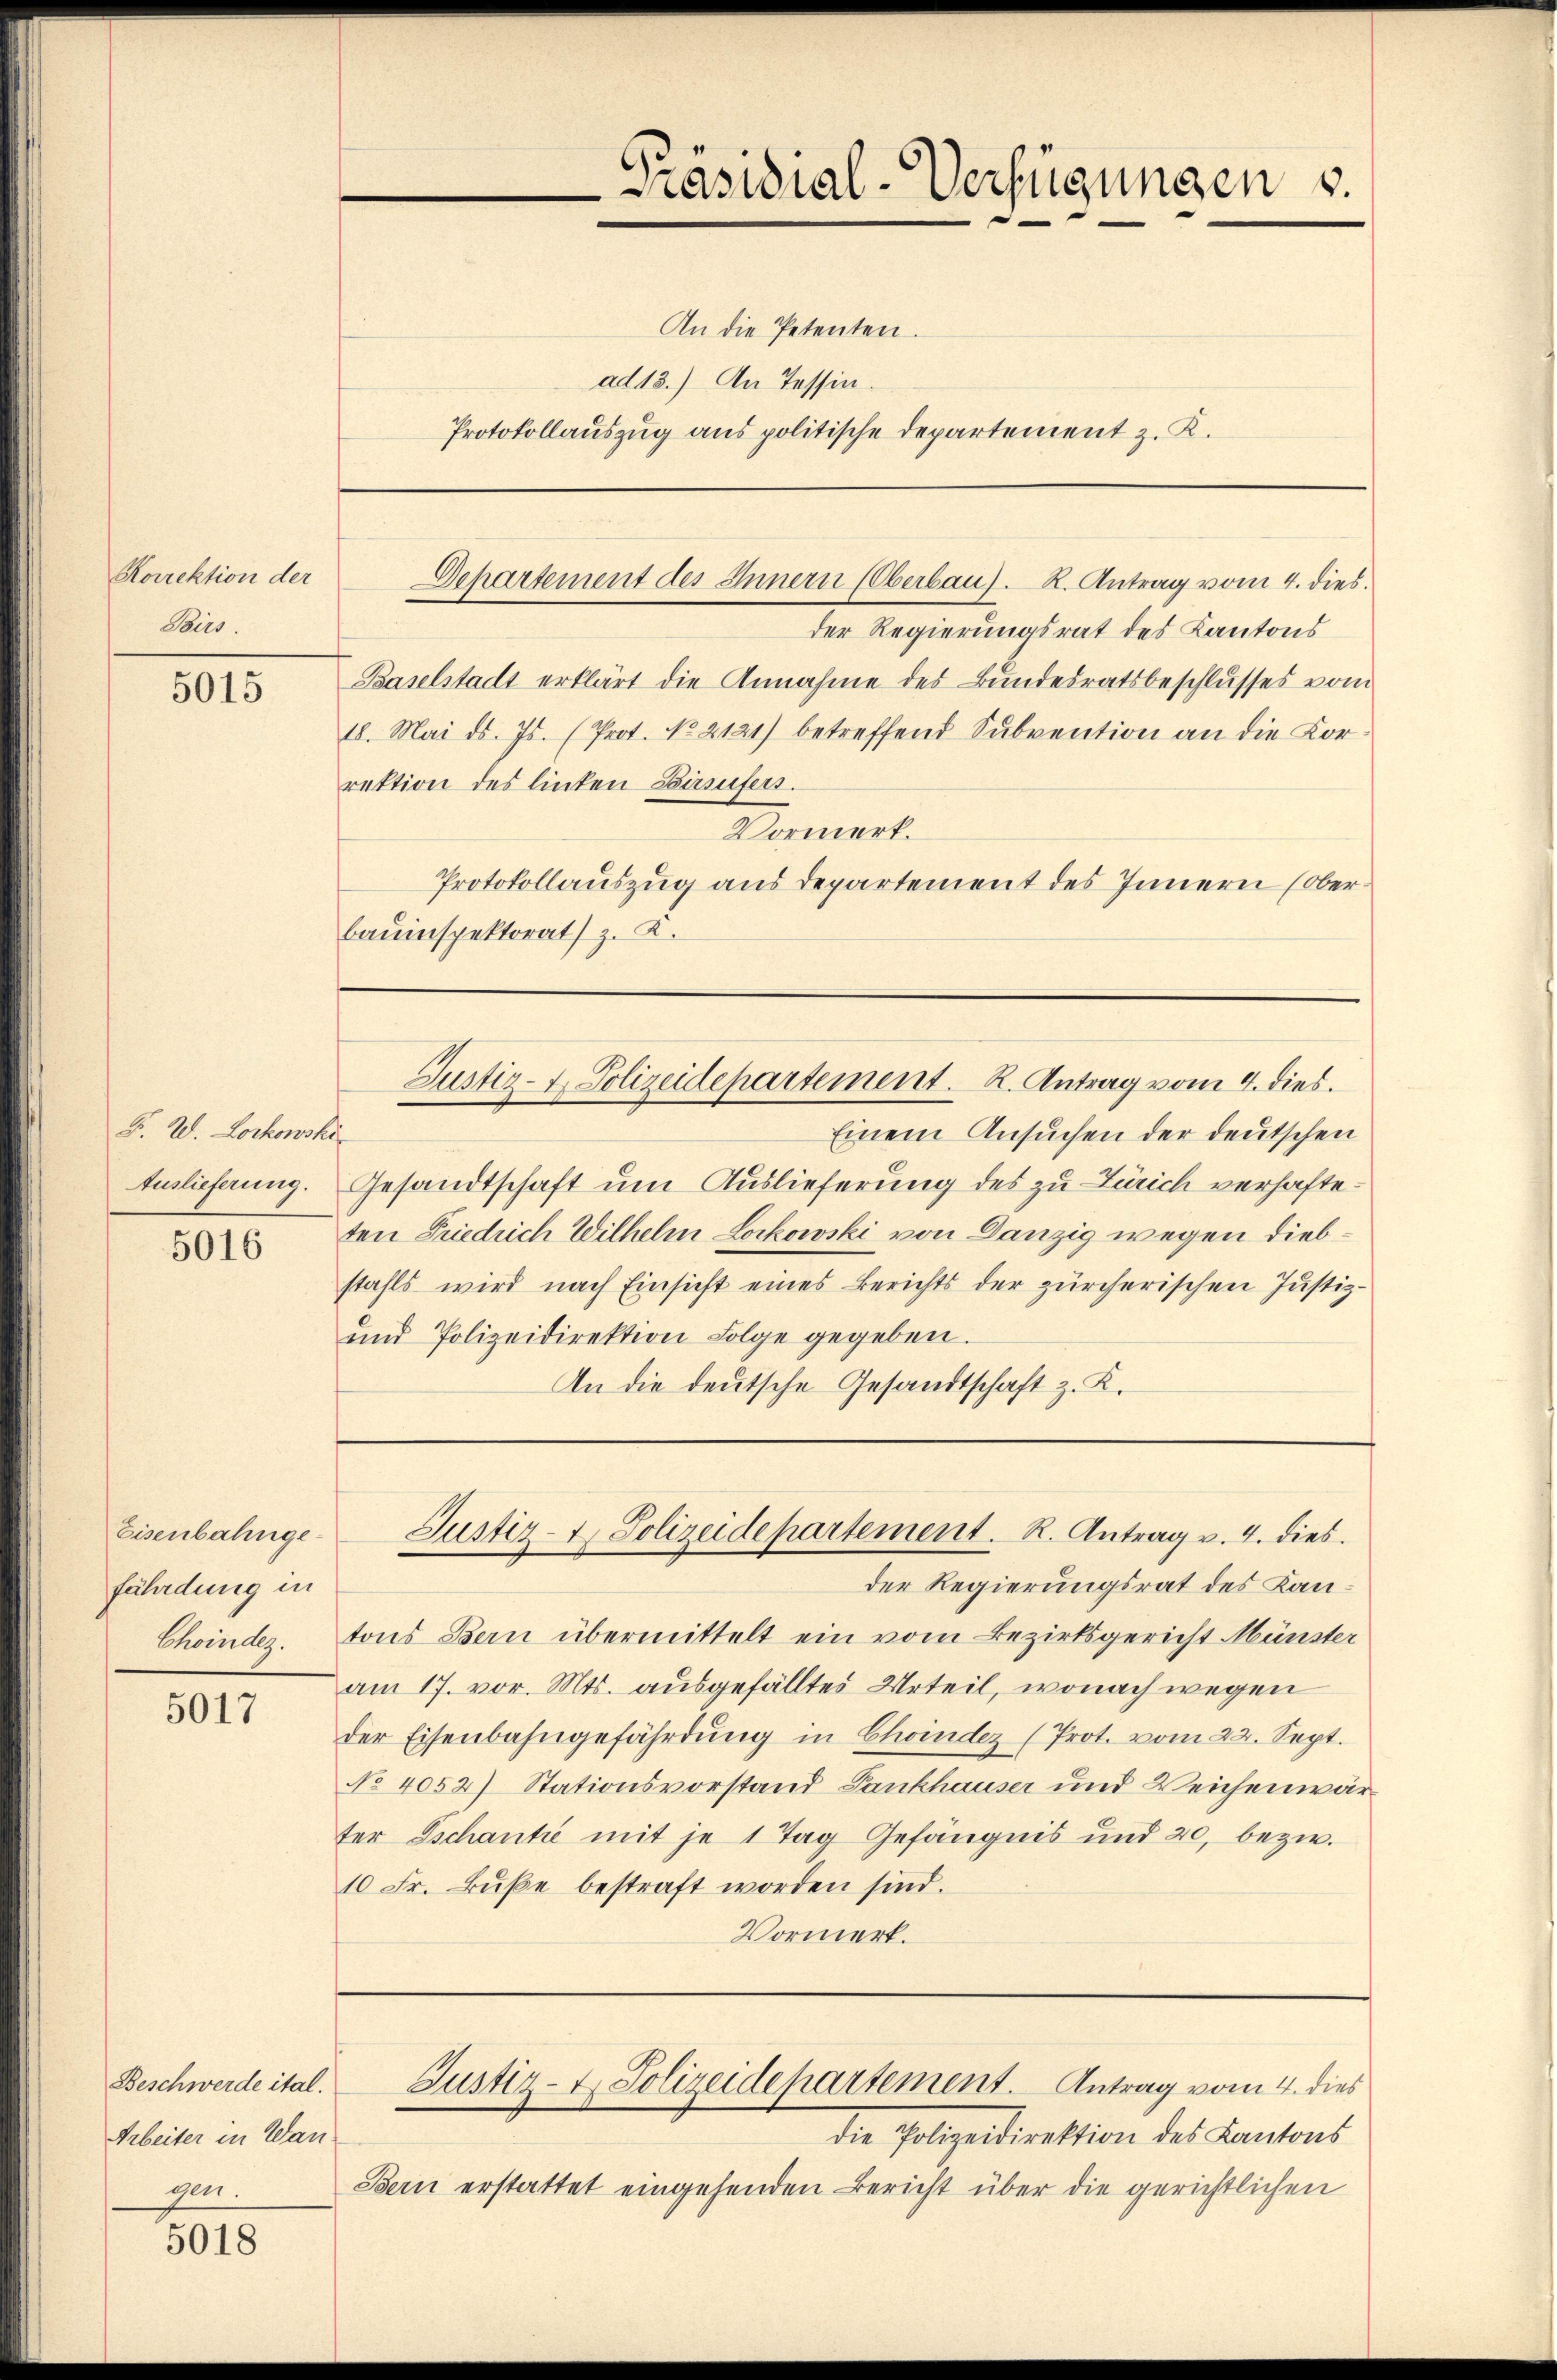
Koirektion der
Birs.

5015

F. W. Lockowski
Auslieferung.

5016

Eisenbahngefährdung in
Choindlg.

5017

Beschwerde ital.
Arbeiter in Wan
gen.

5018

An die Petenten.
ad 13.) An Tessin.

Einem Ansuchen der deutschen
Gesandtschaft um Auslieferung des zu Zürich verhafteten Friedrich Wilhelm Lockowski von Danzig wegen diebstahls wird nach Einsicht eines Berichts der zürcherischen Justiz-
und Polizeidirektion Folge gegeben.
An die deutsche Gesandtschaft z. K.

der Regierungsrat des Kantons
Baselstadt erklärt die Annahme des Bundesratsbeschlusses vom
18. Mai d. Js. (Prot. No. 2121) betreffend Subvention an die Korrektion des linken Birsufers.
Vormerk.
Protokollauszug aus Departement des Innern (ober
bauinspektorat) z. B.

Präsidial-Verfügungen u.

Protokollauszug aus politische Departement z. K.

Departement des Innern (Oberbau). R. Antrag vom 4. dies

Justiz-7. Polizeidepartement. R. Antrag vom 4. dies.

Justiz- & Polizeidepartement. R. Antrag v. 4. dies.

der Regierungsrat des Kantons Bern übermittelt ein vom Bezirksgericht Münster
am 17. vor. Mts. ausgefälltes Urteil, wonach wegen
der Eisenbahngefährdŭng in Chomdez (Prot. vom 22. Sept.
No 4052) Stationsvorstand Pankhauser und Weichenwärter Tschantie mit je 1 Tag Gefängnis und 20, bezw.
10 Fr. Bŭβe bestraft worden sind.
Vormerk.

die Polizeidirektion des Kantons
Bern erstattet eingehenden Bericht über die gerichtlichen

Justiz- & Polizeidepartement. Antrag vom 4. dies